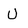
Character: U